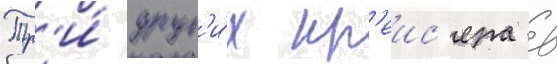
Тр'и́ друг'и́х кр'еис'ера в